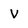
Character: V